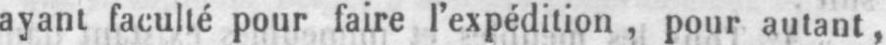
ayant faculté pour faire l’expédition, pour autant,